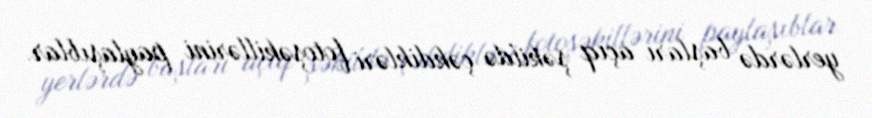
yerlərdə başları açıq şəkildə çəkdikləri fotoşəkillərini paylaşıblar.